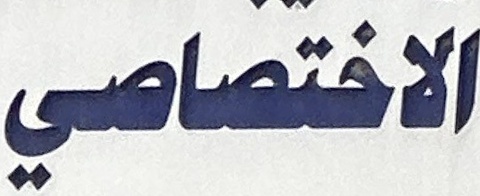
الاختصاصي